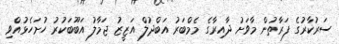
ސަރުކާރުގެ ފަރާތުން މާވަށު ދާއިރާގެ މެމްބަރު އަބްދުލް އަޒީޒު ޖަމާލު އަބޫބަކުރު ހުށަހެޅުއްވި